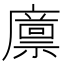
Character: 𢋕